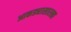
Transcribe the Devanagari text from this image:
आकड्यासारखा